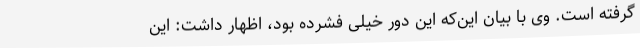
گرفته است. وی با بیان این‌که این دور خیلی فشرده بود، اظهار داشت: این